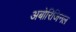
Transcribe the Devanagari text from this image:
अबोरिजिनल